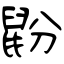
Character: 鼢